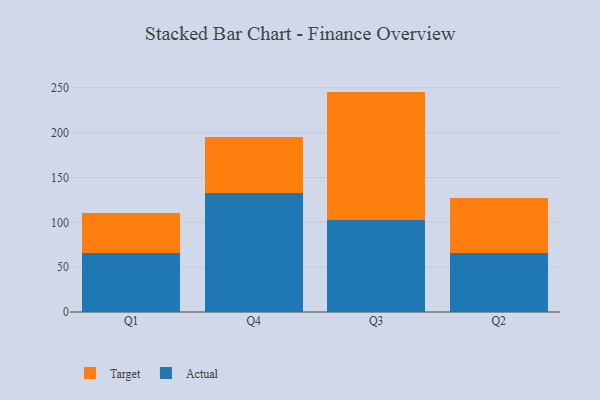
{"axis": {"x": "Quarter", "y": "Churn Rate (%)"}, "legend": ["Actual", "Target"], "data": [{"x": "Q1", "y": 65.8, "type": "Actual"}, {"x": "Q1", "y": 44.5, "type": "Target"}, {"x": "Q4", "y": 132.6, "type": "Actual"}, {"x": "Q4", "y": 62.6, "type": "Target"}, {"x": "Q3", "y": 102.9, "type": "Actual"}, {"x": "Q3", "y": 142.9, "type": "Target"}, {"x": "Q2", "y": 65.7, "type": "Actual"}, {"x": "Q2", "y": 61.2, "type": "Target"}]}